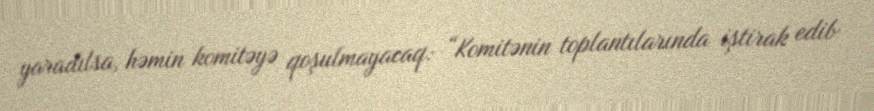
yaradılsa, həmin komitəyə qoşulmayacaq: “Komitənin toplantılarında iştirak edib